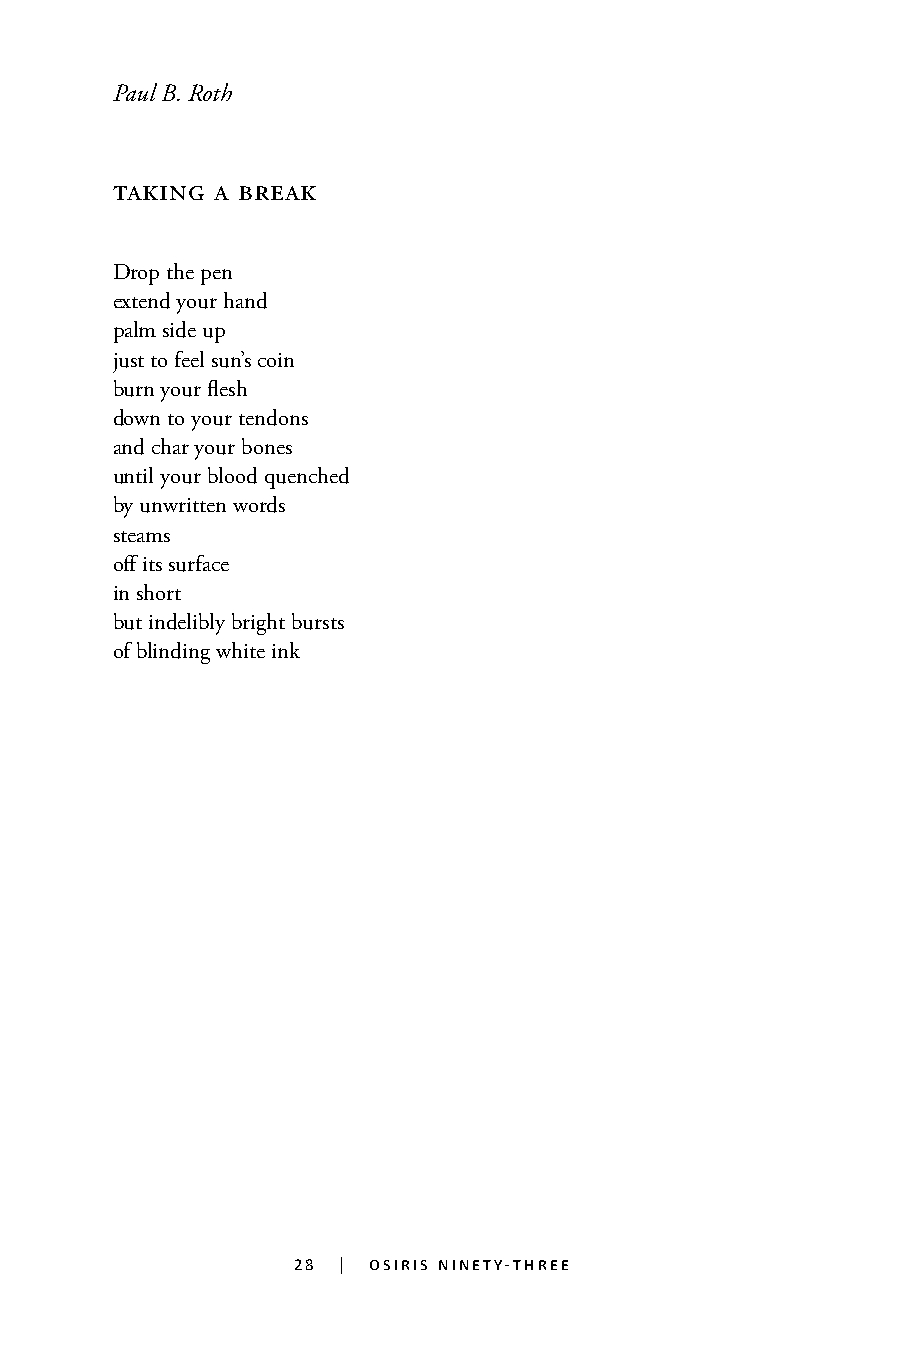
Paul B. Roth
 taking a break
 Drop the pen
 extend your hand
 palm side up
 just to feel sun’s coin
 burn your flesh
 down to your tendons
 and char your bones
 until your blood quenched
 by unwritten words
 steams
 off its surface
 in short
 but indelibly bright bursts
 of blinding white ink
 28 | osiris ninety-three